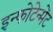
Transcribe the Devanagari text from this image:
इन्फोटेन्मेंट